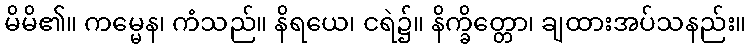
မိမိ၏။ ကမ္မေန၊ ကံသည်။ နိရယေ၊ ငရဲ၌။ နိက္ခိတ္တော၊ ချထားအပ်သနည်း။